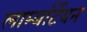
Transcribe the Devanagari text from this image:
लाम्बर्टियन